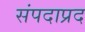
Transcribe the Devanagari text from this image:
संपदाप्रद